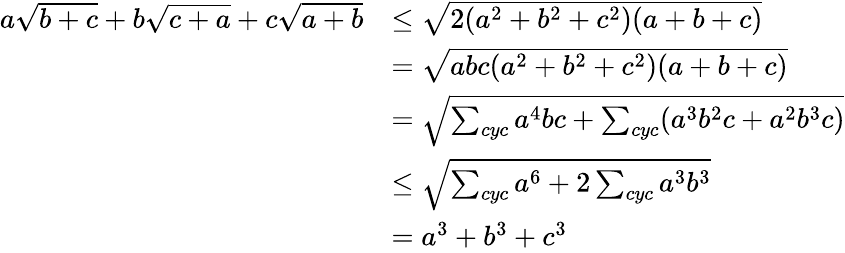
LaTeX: \begin{array}{rl}{a\sqrt{b+c}+b\sqrt{c+a}+c\sqrt{a+b}}&{\leq\sqrt{2(a^{2}+b^{2}+c^{2})(a+b+c)}}\\ &{=\sqrt{abc(a^{2}+b^{2}+c^{2})(a+b+c)}}\\ &{=\sqrt{\sum_{cyc}a^{4}bc+\sum_{cyc}(a^{3}b^{2}c+a^{2}b^{3}c)}}\\ &{\leq\sqrt{\sum_{cyc}a^{6}+2\sum_{cyc}a^{3}b^{3}}}\\ &{=a^{3}+b^{3}+c^{3}}\end{array}